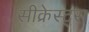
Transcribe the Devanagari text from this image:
सीक्रेस्ट्स